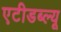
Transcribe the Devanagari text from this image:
एटीडब्ल्यू